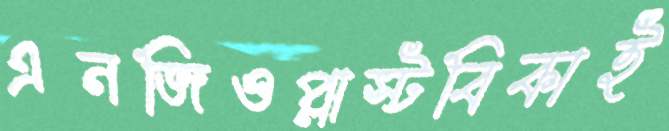
এনজিওপ্লাস্টবিকাই